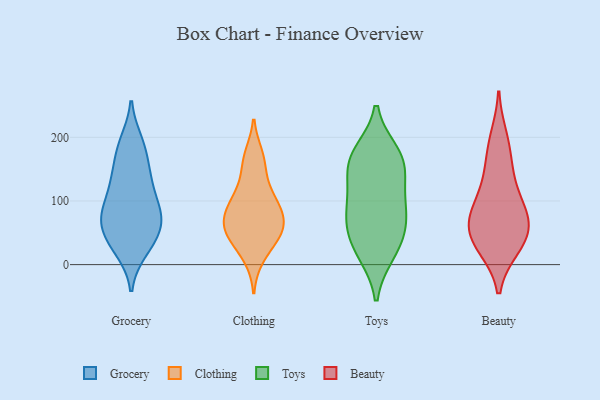
{"axis": {"x": "Latency (ms)", "y": "Value"}, "legend": ["Beauty", "Clothing", "Grocery", "Toys"], "data": [{"x": "", "y": 74, "type": "Grocery"}, {"x": "", "y": 23, "type": "Grocery"}, {"x": "", "y": 25, "type": "Grocery"}, {"x": "", "y": 83, "type": "Grocery"}, {"x": "", "y": 140, "type": "Grocery"}, {"x": "", "y": 69, "type": "Grocery"}, {"x": "", "y": 180, "type": "Grocery"}, {"x": "", "y": 40, "type": "Grocery"}, {"x": "", "y": 122, "type": "Grocery"}, {"x": "", "y": 48, "type": "Grocery"}, {"x": "", "y": 81, "type": "Grocery"}, {"x": "", "y": 142, "type": "Grocery"}, {"x": "", "y": 192, "type": "Grocery"}, {"x": "", "y": 130, "type": "Grocery"}, {"x": "", "y": 79, "type": "Grocery"}, {"x": "", "y": 48, "type": "Grocery"}, {"x": "", "y": 186, "type": "Grocery"}, {"x": "", "y": 91, "type": "Grocery"}, {"x": "", "y": 158, "type": "Clothing"}, {"x": "", "y": 12, "type": "Clothing"}, {"x": "", "y": 56, "type": "Clothing"}, {"x": "", "y": 75, "type": "Clothing"}, {"x": "", "y": 48, "type": "Clothing"}, {"x": "", "y": 80, "type": "Clothing"}, {"x": "", "y": 53, "type": "Clothing"}, {"x": "", "y": 92, "type": "Clothing"}, {"x": "", "y": 120, "type": "Clothing"}, {"x": "", "y": 171, "type": "Clothing"}, {"x": "", "y": 42, "type": "Clothing"}, {"x": "", "y": 100, "type": "Clothing"}, {"x": "", "y": 76, "type": "Toys"}, {"x": "", "y": 19, "type": "Toys"}, {"x": "", "y": 161, "type": "Toys"}, {"x": "", "y": 72, "type": "Toys"}, {"x": "", "y": 48, "type": "Toys"}, {"x": "", "y": 25, "type": "Toys"}, {"x": "", "y": 174, "type": "Toys"}, {"x": "", "y": 115, "type": "Toys"}, {"x": "", "y": 165, "type": "Toys"}, {"x": "", "y": 95, "type": "Toys"}, {"x": "", "y": 155, "type": "Toys"}, {"x": "", "y": 47, "type": "Beauty"}, {"x": "", "y": 82, "type": "Beauty"}, {"x": "", "y": 69, "type": "Beauty"}, {"x": "", "y": 175, "type": "Beauty"}, {"x": "", "y": 139, "type": "Beauty"}, {"x": "", "y": 82, "type": "Beauty"}, {"x": "", "y": 28, "type": "Beauty"}, {"x": "", "y": 71, "type": "Beauty"}, {"x": "", "y": 119, "type": "Beauty"}, {"x": "", "y": 199, "type": "Beauty"}, {"x": "", "y": 41, "type": "Beauty"}, {"x": "", "y": 28, "type": "Beauty"}]}